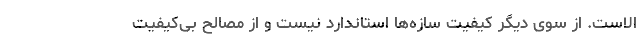
الاست. از سوی دیگر کیفیت سازه‌ها استاندارد نیست و از مصالح بی‌کیفیت